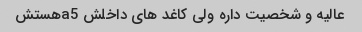
عالیه و شخصیت داره ولی کاغد های داخلش a5هستش